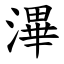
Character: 滭